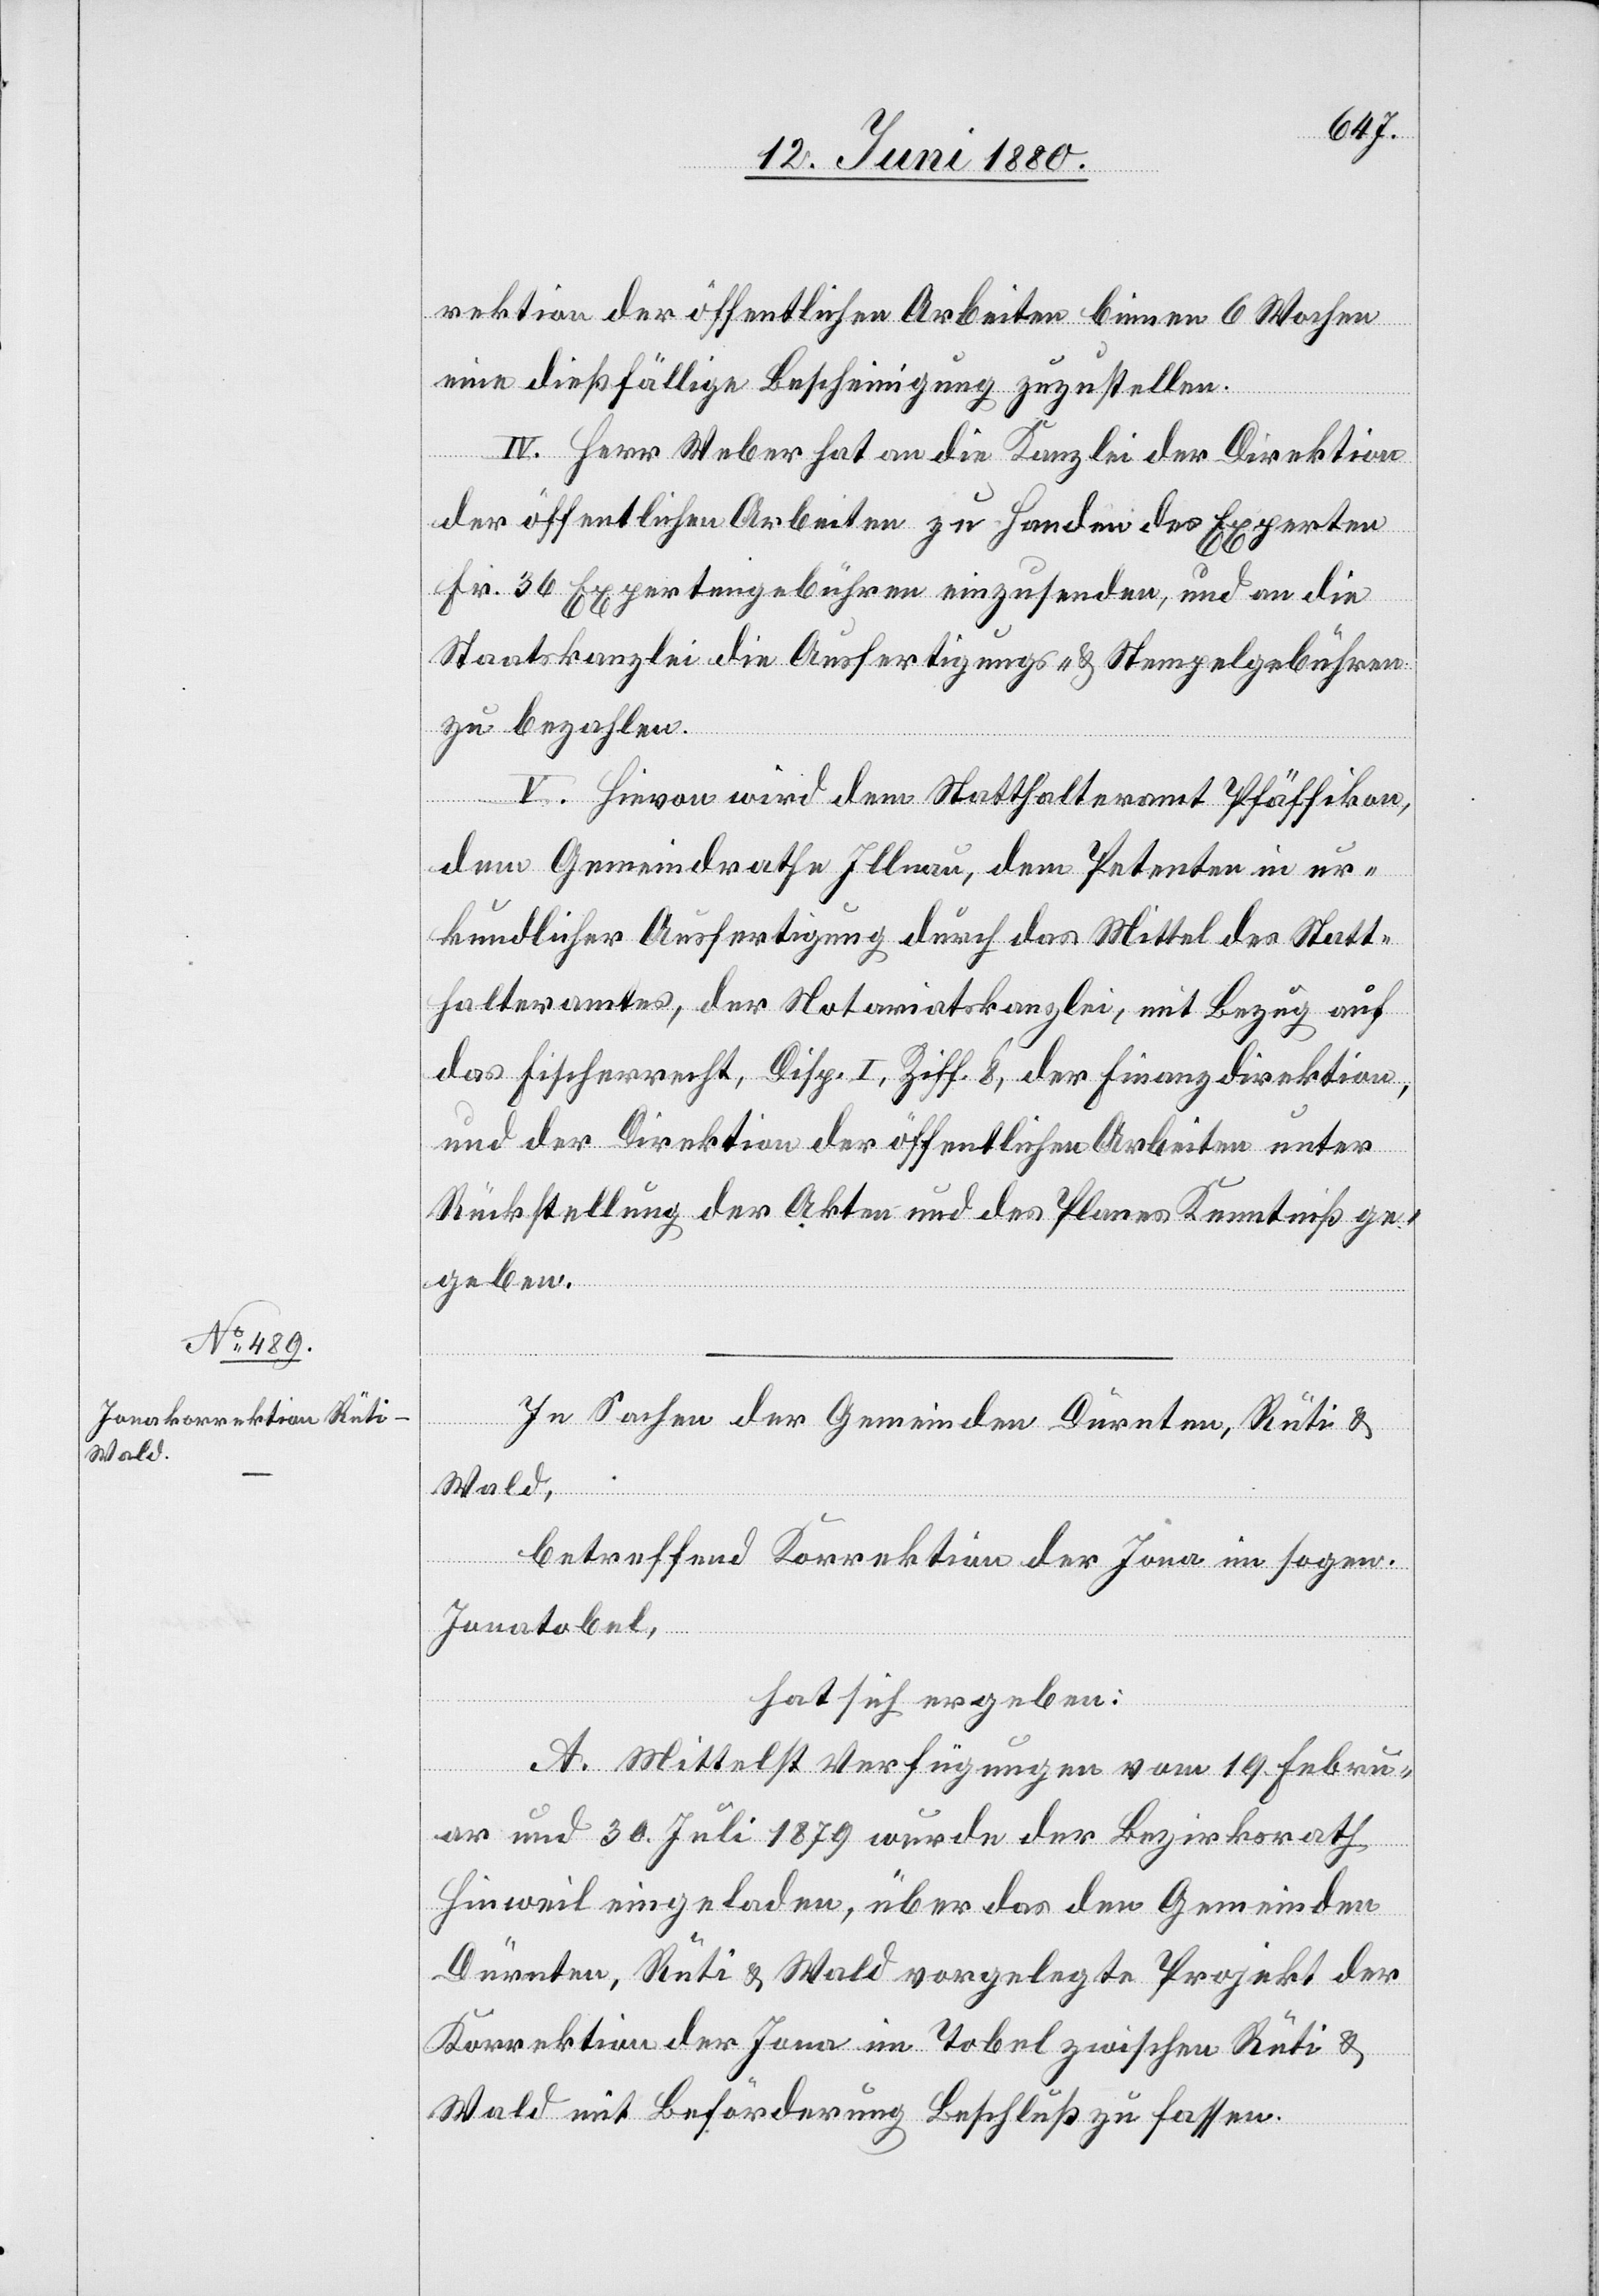
rektion der öffentlichen Arbeiten binnen 6 Wochen
eine dießfällige Bescheinigung zuzustellen.
IV. Herr Weber hat an die Kanzlei der Direktion
der öffentlichen Arbeiten zu Handen des Experten
Fr. 36 Expertengebühren einzusenden, und an die
Staatskanzlei die Ausfertigungs- & Stempelgebühren
zu bezahlen.
V. Hievon wird dem Statthalteramt Pfäffikon,
dem Gemeindrathe Illnau, dem Petenten in ur¬
kundlicher Ausfertigung durch das Mittel des Statt¬
halteramtes, der Notariatskanzlei, mit Bezug auf
das Fischerrecht, Disp. I, Ziff. 8, der Finanzdirektion,
und der Direktion der öffentlichen Arbeiten unter
Rückstellung der Akten und des Planes Kenntniß ge¬
geben.